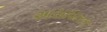
અસાધારક